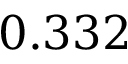
0 . 3 3 2